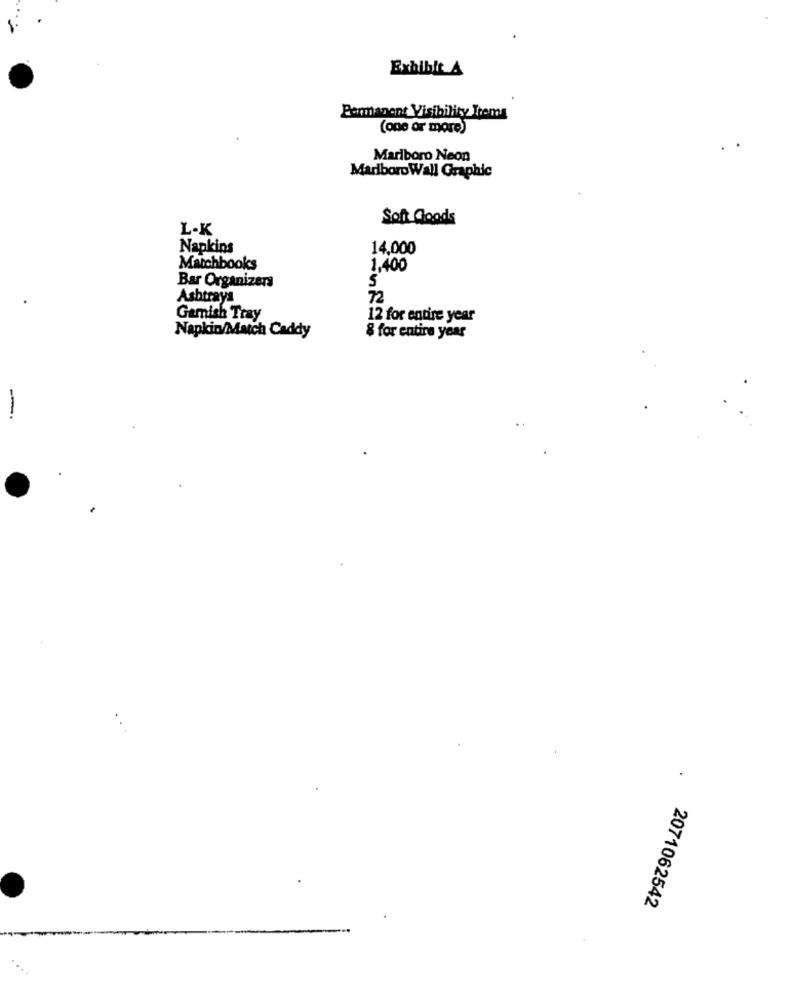
Exhibit A
Permanent Visibility Items
(one or more)
Marlboro Neon
Marlboro Wall Graphic
Sont Goods
L-K
Napkins
14,000
Matchbooks
1,400
Bar Organizers
Ashtrays
72
Gamish Tray
12 for entire year
Napkin/Match Caddy
& for entire year
2071062542